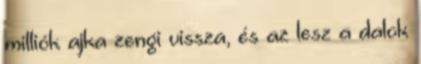
milliók ajka zengi vissza, és az lesz a dalok